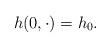
LaTeX: \begin{align*}h(0,\cdot)=h_{0}.\end{align*}